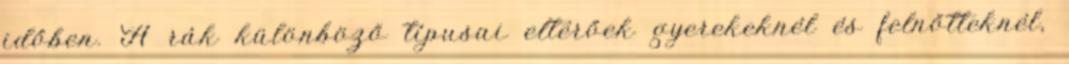
időben. A rák különböző típusai eltérőek gyerekeknél és felnőtteknél,